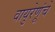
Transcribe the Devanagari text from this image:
वायुरेणूंचे